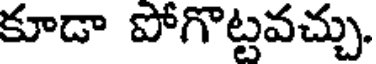
కూడా పోగొట్టవచ్చు.